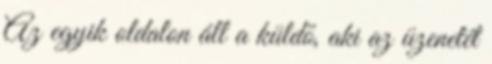
Az egyik oldalon áll a küldő, aki az üzenetét